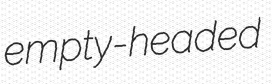
empty-headed